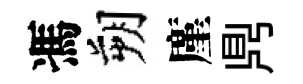
馮朔廑𪔂